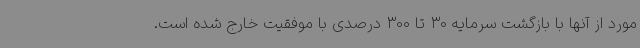
مورد از آنها با بازگشت سرمایه 30 تا 300 درصدی با موفقیت خارج شده است.